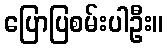
ပြောပြစမ်းပါဦး။